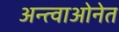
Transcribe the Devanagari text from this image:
अन्त्वाओनेत